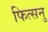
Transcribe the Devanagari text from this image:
फित्सनु